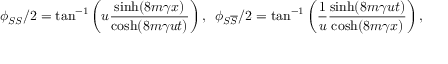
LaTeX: \phi _ { S S } / 2 = \tan ^ { - 1 } \left( u \frac { \sinh ( 8 m \gamma x ) } { \cosh ( 8 m \gamma u t ) } \right) , \, \, \, \phi _ { S \overline { { { S } } } } / 2 = \tan ^ { - 1 } \left( \frac { 1 } { u } \frac { \sinh ( 8 m \gamma u t ) } { \cosh ( 8 m \gamma x ) } \right) ,